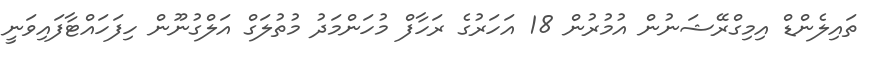
ތައިލެންޑް އިމިގްރޭޝަނުން އުމުރުން 18 އަހަރުގެ ރަހާފް މުހަންމަދު މުތުލަގް އަލްގުނޫން ހިފަހައްޓާފައިވަނީ